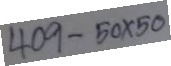
409 -  50 x 50